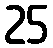
25